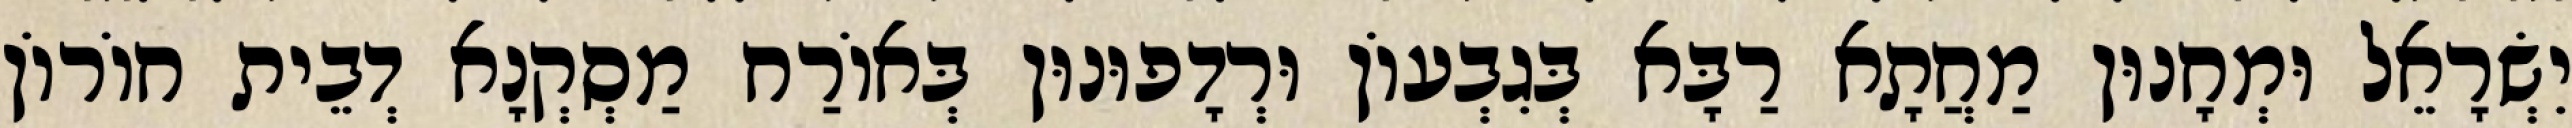
יִשְׂרָאֵל וּמְחָנוּן מַחֲתָא רַבָּא בְּגִבְעוֹן וּרְדָפוּנוּן בְּאוֹרַח מַסְקְנָא דְבֵית חוֹרוֹן